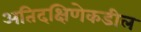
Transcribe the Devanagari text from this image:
अतिदक्षिणेकडील